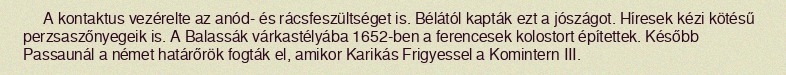
A kontaktus vezérelte az anód- és rácsfeszültséget is. Bélától kapták ezt a jószágot. Híresek kézi kötésű perzsaszőnyegeik is. A Balassák várkastélyába 1652-ben a ferencesek kolostort építettek. Később Passaunál a német határőrök fogták el, amikor Karikás Frigyessel a Komintern III.